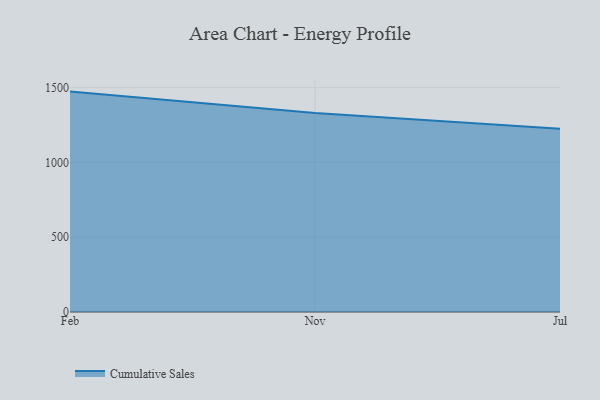
{"axis": {"x": "Month", "y": "Demand Index"}, "legend": ["Cumulative Sales"], "data": [{"x": "Feb", "y": 1473.5, "type": "Cumulative Sales"}, {"x": "Nov", "y": 1330.4, "type": "Cumulative Sales"}, {"x": "Jul", "y": 1224.7, "type": "Cumulative Sales"}]}